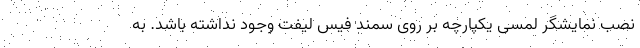
نصب نمایشگر لمسی یکپارچه بر روی سمند فیس لیفت وجود نداشته باشد. به